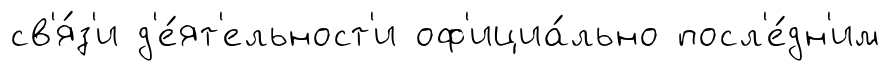
св'я́з'и д'е́ят'ельност'и оф'ициа́льно посл'е́дн'им